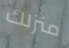
منزلك